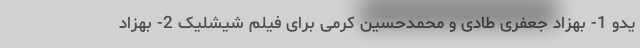
یدو 1- بهزاد جعفری طادی و محمدحسین کرمی برای فیلم شیشلیک 2- بهزاد